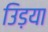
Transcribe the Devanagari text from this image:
उिड़या